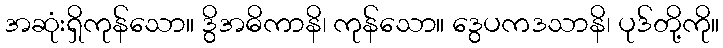
အဆုံးရှိကုန်သော။ ဒွိအဓိကာနိ၊ ကုန်သော။ ဒွေပကဒသာနိ၊ ပုဒ်တို့ကို။